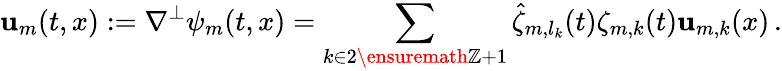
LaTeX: \mathbf{u}_{m}(t,x):=\nabla^{\perp}\psi_{m}(t,x)=\sum_{k\in 2\ensuremath{\mathbb{Z}}+1}\hat{\zeta}_{m,l_{k}}(t)\zeta_{m,k}(t)\mathbf{u}_{m,k}(x)\, .